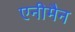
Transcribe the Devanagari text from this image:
एनीमैन